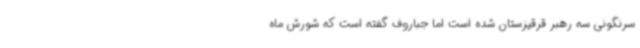
سرنگونی سه رهبر قرقیزستان شده است اما جباروف گفته است که شورش ماه